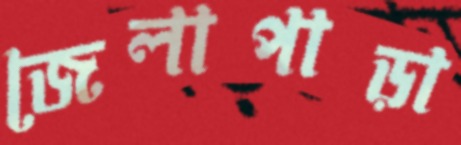
জেলাপাড়া